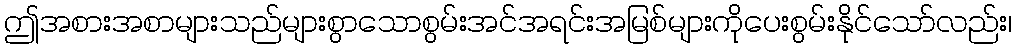
ဤအစားအစာများသည်များစွာသောစွမ်းအင်အရင်းအမြစ်များကိုပေးစွမ်းနိုင်သော်လည်း၊